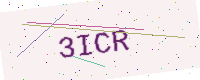
Text: 3ICR